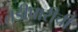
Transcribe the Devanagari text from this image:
तडीपारीची